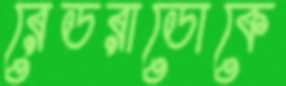
রেডরাডোকে